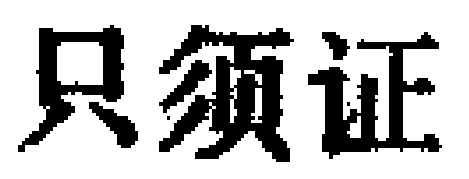
只须证